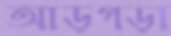
আড়গড়া